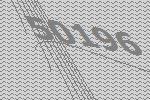
50196